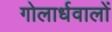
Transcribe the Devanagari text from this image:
गोलार्धवालों